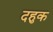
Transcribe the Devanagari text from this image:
दहुक